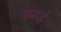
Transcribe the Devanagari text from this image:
चम्प्ड़े